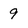
Character: 9